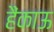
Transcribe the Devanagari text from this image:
हैंकाऊ